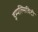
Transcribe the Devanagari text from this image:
इम्पल्सिविटी